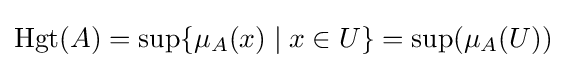
\operatorname {Hgt} (A)=\sup\{\mu _{A}(x)\mid x\in U\}=\sup(\mu _{A}(U))